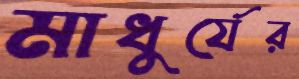
মাধুর্যের